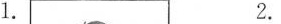
1. 2.